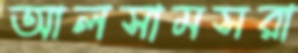
আলসামসরা